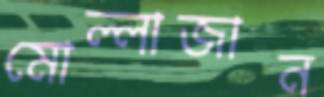
মোল্লাজান